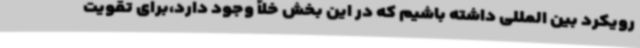
رویکرد بین المللی داشته باشیم که در این بخش خلأ وجود دارد،برای تقویت